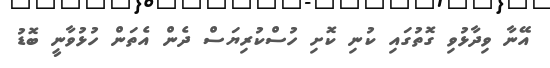
އޭނާ ވިދާޅުވި ގޮތުގައި ކުނި ކޮށި ހުސްކުރިޔަސް ދެން އެތަން ހުޅުވާނީ ބޮޑު